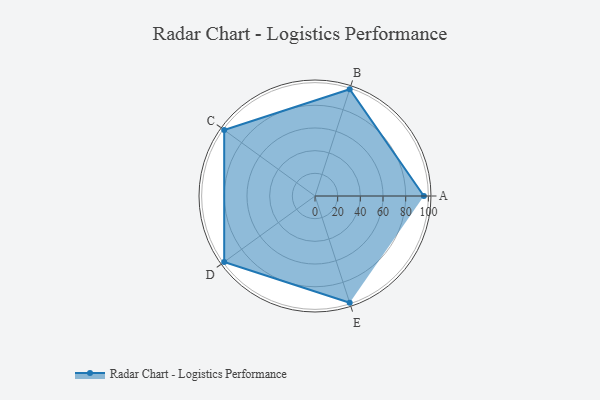
{"axis": {"x": "Skill", "y": "Score"}, "legend": ["Profile"], "data": [{"x": "A", "y": 96.0, "type": "Profile"}, {"x": "B", "y": 99.0, "type": "Profile"}, {"x": "C", "y": 99, "type": "Profile"}, {"x": "D", "y": 99, "type": "Profile"}, {"x": "E", "y": 99, "type": "Profile"}]}